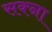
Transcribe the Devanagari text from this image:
सक्ना